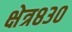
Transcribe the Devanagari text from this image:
क्षेत्र८३०